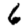
Digit: 6